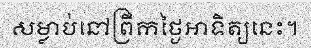
សម្លាប់នៅព្រឹកថ្ងៃអាទិត្យនេះ។